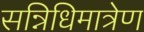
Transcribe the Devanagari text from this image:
सन्निधिमात्रेण